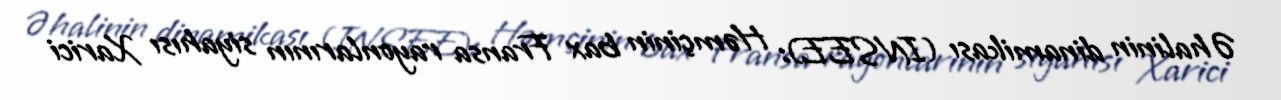
Əhalinin dinamikası (INSEE): Həmçinin bax Fransa rayonlarının siyahısı Xarici